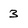
Character: 3